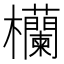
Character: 欗